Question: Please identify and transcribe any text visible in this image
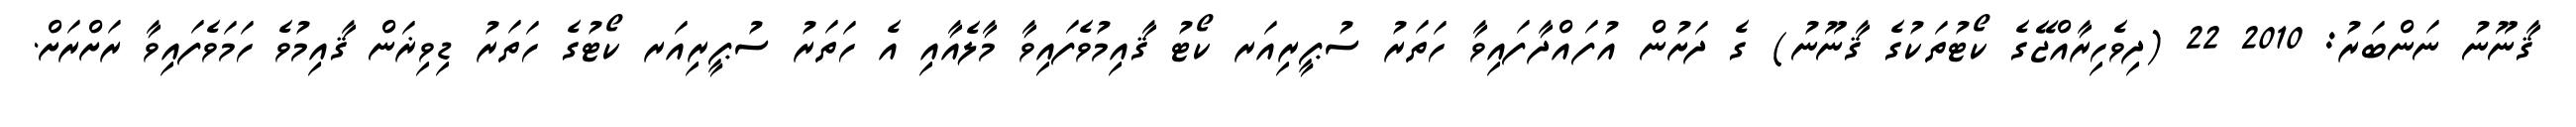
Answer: ޤާނޫނު ނަންބަރު: 2010 22 (ދިވެހިރާއްޖޭގެ ކޯޓުތަކުގެ ޤާނޫނު) ގެ ދަށުން އުފައްދާފައިވާ ހަތަރު ސުޕީރިއަރ ކޯޓު ޤާއިމުވެފައިވާ މާލެއާއި އެ ހަތަރު ސުޕީރިއަރ ކޯޓުގެ ހަތަރު ޑިވިޜަން ޤާއިމުވެ ހަމަވެފައިވާ ރަށްރަށް.